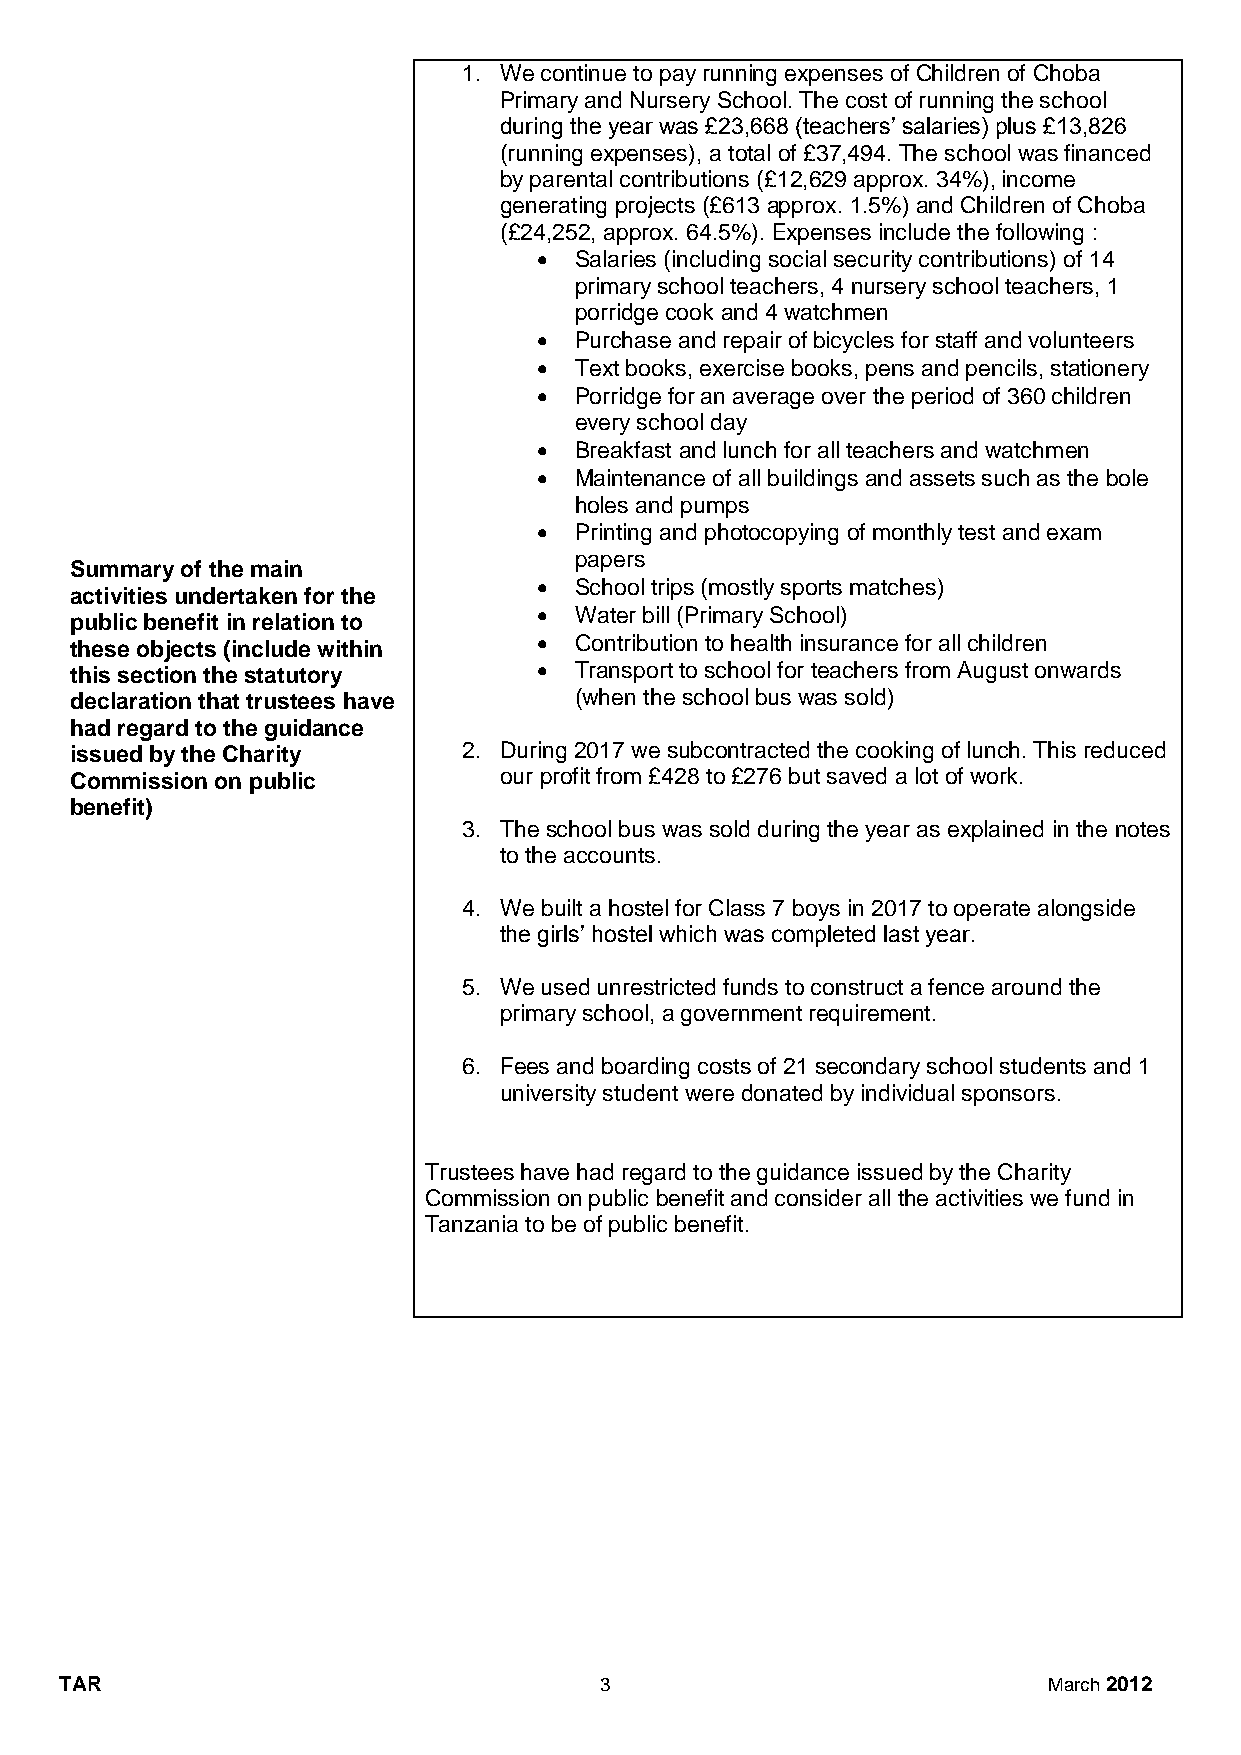
1. We continue to pay running expenses of Children of Choba
 Primary and Nursery School. The cost of running the school
 during the year was £23,668 (teachers’ salaries) plus £13,826
 (running expenses), a total of £37,494. The school was financed
 by parental contributions (£12,629 approx. 34%), income
 generating projects (£613 approx. 1.5%) and Children of Choba
 (£24,252, approx. 64.5%). Expenses include the following :
  Salaries (including social security contributions) of 14
 primary school teachers, 4 nursery school teachers, 1
 porridge cook and 4 watchmen
  Purchase and repair of bicycles for staff and volunteers
  Text books, exercise books, pens and pencils, stationery
  Porridge for an average over the period of 360 children
 every school day
  Breakfast and lunch for all teachers and watchmen
  Maintenance of all buildings and assets such as the bole
 holes and pumps
  Printing and photocopying of monthly test and exam
 papers
 Summary of the main
  School trips (mostly sports matches)
 activities undertaken for the
  Water bill (Primary School)
 public benefit in relation to
 these objects (include within   Contribution to health insurance for all children
 this section the statutory      Transport to school for teachers from August onwards
 declaration that trustees have   (when the school bus was sold)
 had regard to the guidance
 issued by the Charity     2. During 2017 we subcontracted the cooking of lunch. This reduced
 Commission on public        our profit from £428 to £276 but saved a lot of work.
 benefit)
 3. The school bus was sold during the year as explained in the notes
 to the accounts.
 4. We built a hostel for Class 7 boys in 2017 to operate alongside
 the girls’ hostel which was completed last year.
 5. We used unrestricted funds to construct a fence around the
 primary school, a government requirement.
 6. Fees and boarding costs of 21 secondary school students and 1
 university student were donated by individual sponsors.
 Trustees have had regard to the guidance issued by the Charity
 Commission on public benefit and consider all the activities we fund in
 Tanzania to be of public benefit.
 TAR                                 3                            March 2012